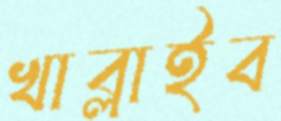
খাব্‌লাইব